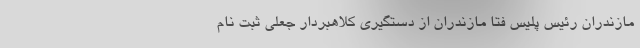
مازندران رئیس پلیس فتا مازندران از دستگیری کلاهبردار جعلی ثبت نام